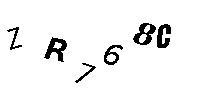
ZR768C